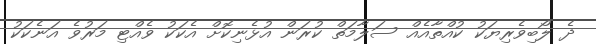
ދެ ލޯބިވެރިޔަކު ކުއްތާއެއް ސަލާމަތް ކުރަން އުޅެނިކޮށް އެކަކު ވެއްޓި މަރުވެ އަނެކަކު